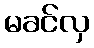
မခင်လှ